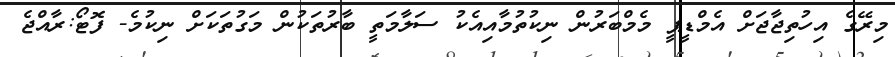
މިރޭގެ އިހުތިޖާޖަށް އެމްޑީޕީ މެމްބަރުން ނިކުތުމާއިއެކު ސަލާމަތީ ބާރުތަކުން މަގުތަކަށް ނިކުމެ- ފޮޓޯ:ރާއްޖެ